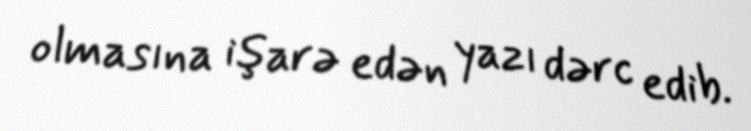
olmasına işarə edən yazı dərc edib.